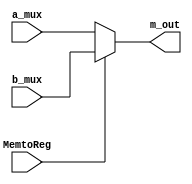
`timescale 1ns / 1ps
module MUX_4(
    input [31:0] a_mux,
    input [31:0] b_mux,
    input MemtoReg,
    output [31:0] m_out
);
assign m_out = MemtoReg ? b_mux : a_mux ;
endmodule